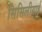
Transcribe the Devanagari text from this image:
सिसिलीयाई